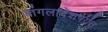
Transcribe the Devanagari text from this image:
बांगलादेशपर्यंत